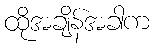
ထိုအချိန်အခါက